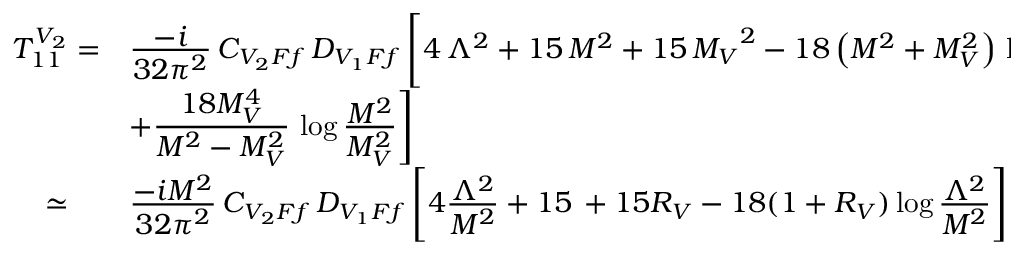
\begin{array} { l l } { { T _ { 1 1 } ^ { V _ { 2 } } = } } & { { \frac { \displaystyle - i } { \displaystyle 3 2 \pi ^ { 2 } } \, C _ { V _ { 2 } F f } \, D _ { V _ { 1 } F f } \, \Biggl [ 4 \, { { \Lambda } ^ { 2 } } + 1 5 \, { M ^ { 2 } } + 1 5 \, { { M _ { V } } ^ { 2 } } - 1 8 \left( M ^ { 2 } + M _ { V } ^ { 2 } \right) \, \log \frac { \displaystyle \Lambda ^ { 2 } } { \displaystyle M ^ { 2 } } } } \\ { { } } & { { + \frac { \displaystyle 1 8 M _ { V } ^ { 4 } } { \displaystyle M ^ { 2 } - M _ { V } ^ { 2 } } \, \log \frac { \displaystyle M ^ { 2 } } { \displaystyle M _ { V } ^ { 2 } } \Biggr ] } } \\ { { \; \; \; \; \simeq } } & { { \frac { \displaystyle - i M ^ { 2 } } { \displaystyle 3 2 \pi ^ { 2 } } \, C _ { V _ { 2 } F f } \, D _ { V _ { 1 } F f } \, \Biggl [ 4 \frac { \displaystyle \Lambda ^ { 2 } } { \displaystyle M ^ { 2 } } + 1 5 \, + 1 5 R _ { V } - 1 8 ( 1 + R _ { V } ) \log \frac { \displaystyle \Lambda ^ { 2 } } { \displaystyle M ^ { 2 } } \Biggr ] \; , } } \end{array}